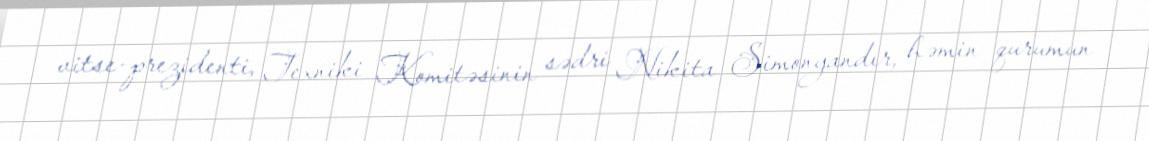
vitse-prezidenti, Texniki Komitəsinin sədri Nikita Simonyandır, həmin qurumun